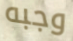
وجبه